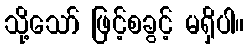
သို့သော် ဖြင့်စခွင့် မရှိပါ။